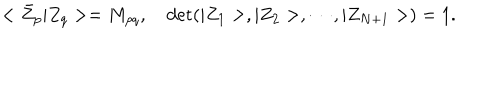
< \bar { Z } _ { p } \vert Z _ { q } > = M _ { p q } , \quad \mathrm { d e t } ( \vert Z _ { 1 } > , \vert Z _ { 2 } > , \cdots , \vert Z _ { N + 1 } > ) = 1 .